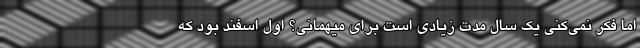
اما فکر نمی‌کنی یک سال مدت زیادی است برای میهمانی؟ اول اسفند بود که